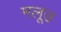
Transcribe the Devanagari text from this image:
मलूउ